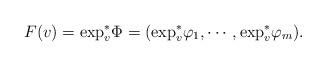
LaTeX: \begin{align*}F(v) = {\rm exp}_{v}^{*} \Phi=({\rm exp}_{v}^{*} \varphi_{1}, \cdots, {\rm exp}_{v}^{*} \varphi_{m}).\end{align*}